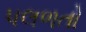
પલળતો